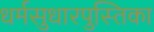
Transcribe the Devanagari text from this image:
धर्मसुधारपुस्तिका